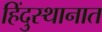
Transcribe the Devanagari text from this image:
हिंदु्स्थानात